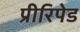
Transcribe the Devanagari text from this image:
प्रीरिपेड